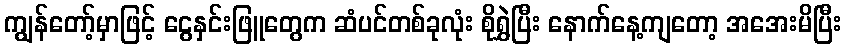
ကျွန်တော့်မှာဖြင့် ငွေနှင်းဖြူတွေက ဆံပင်တစ်ခုလုံး စိုရွှဲပြီး နောက်နေ့ကျတော့ အအေးမိပြီး